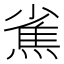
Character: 𤍳